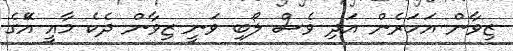
ޒިވާން އަހަރެން އަދި ވެސް ލޯބި ވަނީ ޒިވާން ދެކެ މާއީ އޭަގެ